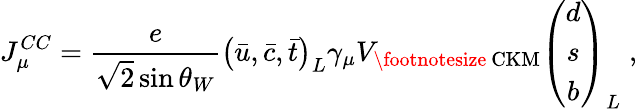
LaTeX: J_{\mu}^{CC}=\frac{e}{\sqrt{2}\sin\theta_{W}}\left(\bar{u},\bar{c},\bar{t}\right)_{L}\gamma_{\mu}V_{\mathrm{\footnotesize{~CKM}}}\left(\begin{array}{c}{{d}}\\ {{s}}\\ {{b}}\end{array}\right)_{L}\; ,